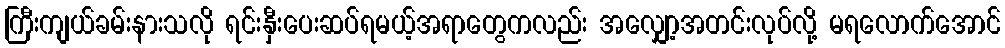
ကြီးကျယ်ခမ်းနားသလို ရင်းနှီးပေးဆပ်ရမယ့်အရာတွေကလည်း အလျှော့အတင်းလုပ်လို့ မရလောက်အောင်